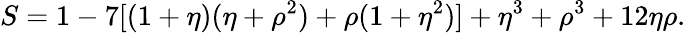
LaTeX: S=1-7[(1+\eta)(\eta+\rho^{2})+\rho(1+\eta^{2})]+\eta^{3}+\rho^{3}+12\eta\rho.